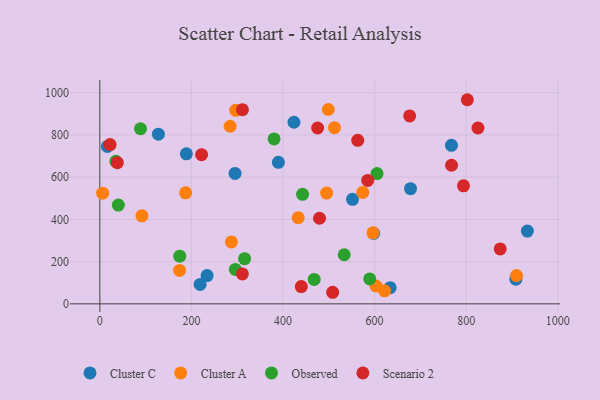
{"axis": {"x": "Engine Size", "y": "Salary"}, "legend": ["Cluster A", "Cluster C", "Observed", "Scenario 2"], "data": [{"x": "597.8", "y": 333.9, "type": "Cluster C"}, {"x": "219.0", "y": 92.2, "type": "Cluster C"}, {"x": "423.9", "y": 859.9, "type": "Cluster C"}, {"x": "16.6", "y": 745.4, "type": "Cluster C"}, {"x": "767.8", "y": 750.8, "type": "Cluster C"}, {"x": "908.5", "y": 116.9, "type": "Cluster C"}, {"x": "633.9", "y": 76.5, "type": "Cluster C"}, {"x": "295.3", "y": 617.7, "type": "Cluster C"}, {"x": "127.9", "y": 803.7, "type": "Cluster C"}, {"x": "551.8", "y": 494.9, "type": "Cluster C"}, {"x": "678.5", "y": 545.4, "type": "Cluster C"}, {"x": "189.0", "y": 710.5, "type": "Cluster C"}, {"x": "389.9", "y": 670.2, "type": "Cluster C"}, {"x": "234.2", "y": 133.9, "type": "Cluster C"}, {"x": "933.6", "y": 344.6, "type": "Cluster C"}, {"x": "296.7", "y": 916.4, "type": "Cluster A"}, {"x": "495.2", "y": 524.7, "type": "Cluster A"}, {"x": "433.2", "y": 408.2, "type": "Cluster A"}, {"x": "621.8", "y": 61.5, "type": "Cluster A"}, {"x": "187.4", "y": 525.5, "type": "Cluster A"}, {"x": "574.1", "y": 527.4, "type": "Cluster A"}, {"x": "909.9", "y": 133.7, "type": "Cluster A"}, {"x": "287.3", "y": 293.0, "type": "Cluster A"}, {"x": "6.1", "y": 524.1, "type": "Cluster A"}, {"x": "174.1", "y": 158.4, "type": "Cluster A"}, {"x": "92.0", "y": 416.6, "type": "Cluster A"}, {"x": "512.4", "y": 834.3, "type": "Cluster A"}, {"x": "284.6", "y": 841.0, "type": "Cluster A"}, {"x": "602.9", "y": 84.4, "type": "Cluster A"}, {"x": "498.8", "y": 920.4, "type": "Cluster A"}, {"x": "596.5", "y": 336.5, "type": "Cluster A"}, {"x": "316.1", "y": 214.0, "type": "Observed"}, {"x": "296.0", "y": 163.0, "type": "Observed"}, {"x": "589.4", "y": 118.0, "type": "Observed"}, {"x": "442.7", "y": 518.4, "type": "Observed"}, {"x": "174.5", "y": 225.6, "type": "Observed"}, {"x": "605.3", "y": 617.0, "type": "Observed"}, {"x": "40.4", "y": 467.7, "type": "Observed"}, {"x": "468.1", "y": 115.7, "type": "Observed"}, {"x": "533.6", "y": 232.6, "type": "Observed"}, {"x": "35.0", "y": 674.7, "type": "Observed"}, {"x": "88.8", "y": 829.2, "type": "Observed"}, {"x": "380.5", "y": 781.2, "type": "Observed"}, {"x": "479.7", "y": 405.4, "type": "Scenario 2"}, {"x": "38.3", "y": 668.5, "type": "Scenario 2"}, {"x": "439.9", "y": 81.7, "type": "Scenario 2"}, {"x": "563.2", "y": 774.5, "type": "Scenario 2"}, {"x": "802.5", "y": 966.6, "type": "Scenario 2"}, {"x": "311.3", "y": 141.6, "type": "Scenario 2"}, {"x": "311.4", "y": 919.7, "type": "Scenario 2"}, {"x": "508.4", "y": 54.8, "type": "Scenario 2"}, {"x": "584.9", "y": 584.5, "type": "Scenario 2"}, {"x": "874.3", "y": 260.3, "type": "Scenario 2"}, {"x": "22.4", "y": 754.3, "type": "Scenario 2"}, {"x": "222.2", "y": 706.3, "type": "Scenario 2"}, {"x": "794.1", "y": 558.8, "type": "Scenario 2"}, {"x": "825.7", "y": 832.6, "type": "Scenario 2"}, {"x": "475.6", "y": 832.8, "type": "Scenario 2"}, {"x": "676.6", "y": 890.1, "type": "Scenario 2"}, {"x": "768.0", "y": 656.2, "type": "Scenario 2"}]}